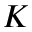
K